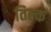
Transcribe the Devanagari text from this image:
तिल्क